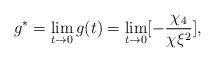
LaTeX: \begin{align*}g^*=\lim_{t \rightarrow 0} g(t)=\lim_{t \rightarrow 0} [-{\chi_4 \over \chi \xi^2}],\end{align*}